Madras plague regulations and rules - Volume 1
Disease focus: Plague
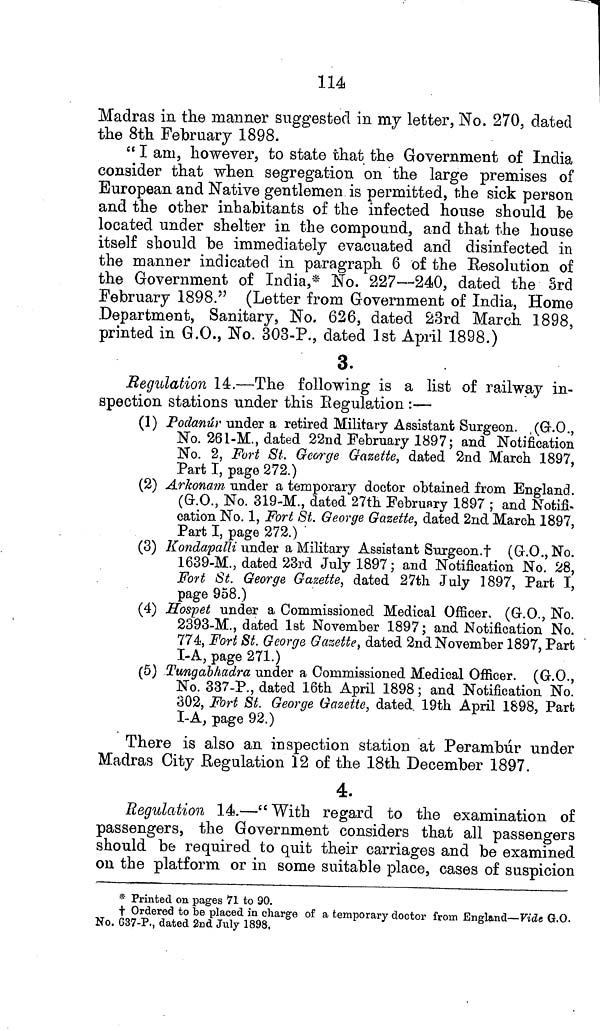
114
Madras in the manner suggested in my letter, No. 270, dated
the 8th February 1898.
" I am, however, to state that the Government of India
consider that when segregation on the large premises of
European and Native gentlemen is permitted, the sick person
and the other inhabitants of the infected house should be
located under shelter in the compound, and that the house
itself should be immediately evacuated and disinfected in
the manner indicated in paragraph 6 of the Resolution of
the Government of India,* No. 227—240, dated the 3rd
February 1898." (Letter from Government of India, Home
Department, Sanitary, No. 626, dated 23rd March 1898,
printed in G.O., No. 303-R, dated 1st April 1898.)
3.
Regulation 14.—The following is a list of railway in-
spection stations under this Regulation :—
(1) Podanúr under a retired Military Assistant Surgeon. (G.O.,
No. 261-M., dated 22nd February 1897; and Notification
No. 2, Fort St.. George Gazette, dated 2nd March 1897,
Part I, page 272.)
(2) Arkonam under a temporary doctor obtained from England.
(G.O., No. 319-M., dated 27th February 1897 ; and Notifi-
cation No. 1, Fort St. George Gazette, dated 2nd March 1897,
Part I, page 272.)
(3) Kondapalli under a Military Assistant Surgeon.† (G.O., No.
1639-M., dated 23rd July 1897; and Notification No. 28,
Fort St. George Gazette, dated 27th July 1897, Part I,
page 958.)
(4) Hospet under a Commissioned Medical Officer. (G.O., No.
2393-M., dated 1st November 1897; and Notification No.
774, Fort St. George Gazette, dated 2nd November 1897, Part
I-A, page 271.)
(5) Tungabhadra under a Commissioned Medical Officer. (G.O.,
No. 337-P., dated 16th April 1898; and Notification No.
302, Fort St. George Gazette, dated. 19th April 1898, Part
I-A, page 92.)
There is also an inspection station at Perambúr under
Madras City Regulation 12 of the 18th December 1897.
4.
Regulation 14.—" With regard to the examination of
passengers, the Government considers that all passengers
should be required to quit their carriages and be examined
on the platform or in some suitable place, cases of suspicion
* Printed on pages 71 to 90.
† Ordered to be placed in charge of a temporary doctor from England—Vide G.O.
No. G37-P., dated 2nd July 1898,